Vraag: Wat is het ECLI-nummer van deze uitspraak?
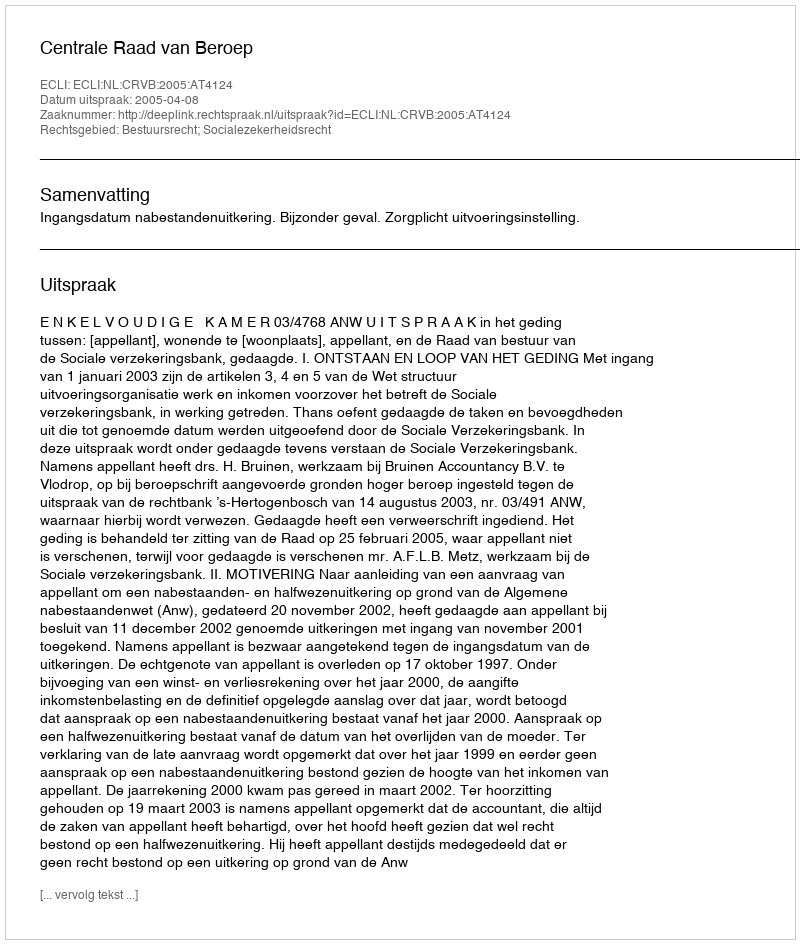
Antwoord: ECLI:NL:CRVB:2005:AT4124